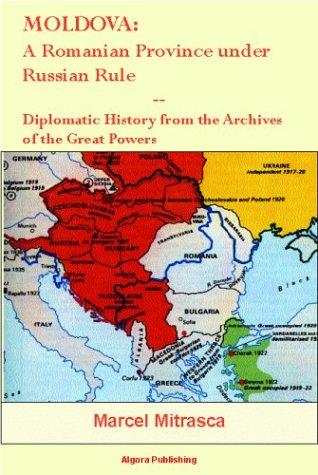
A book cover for Moldova: A Romanian Province under Russian Rule; Marcel Mitrasca; History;